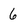
Character: 6